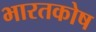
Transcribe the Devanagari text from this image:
भारतकोष